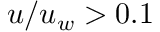
u / u _ { w } > 0 . 1